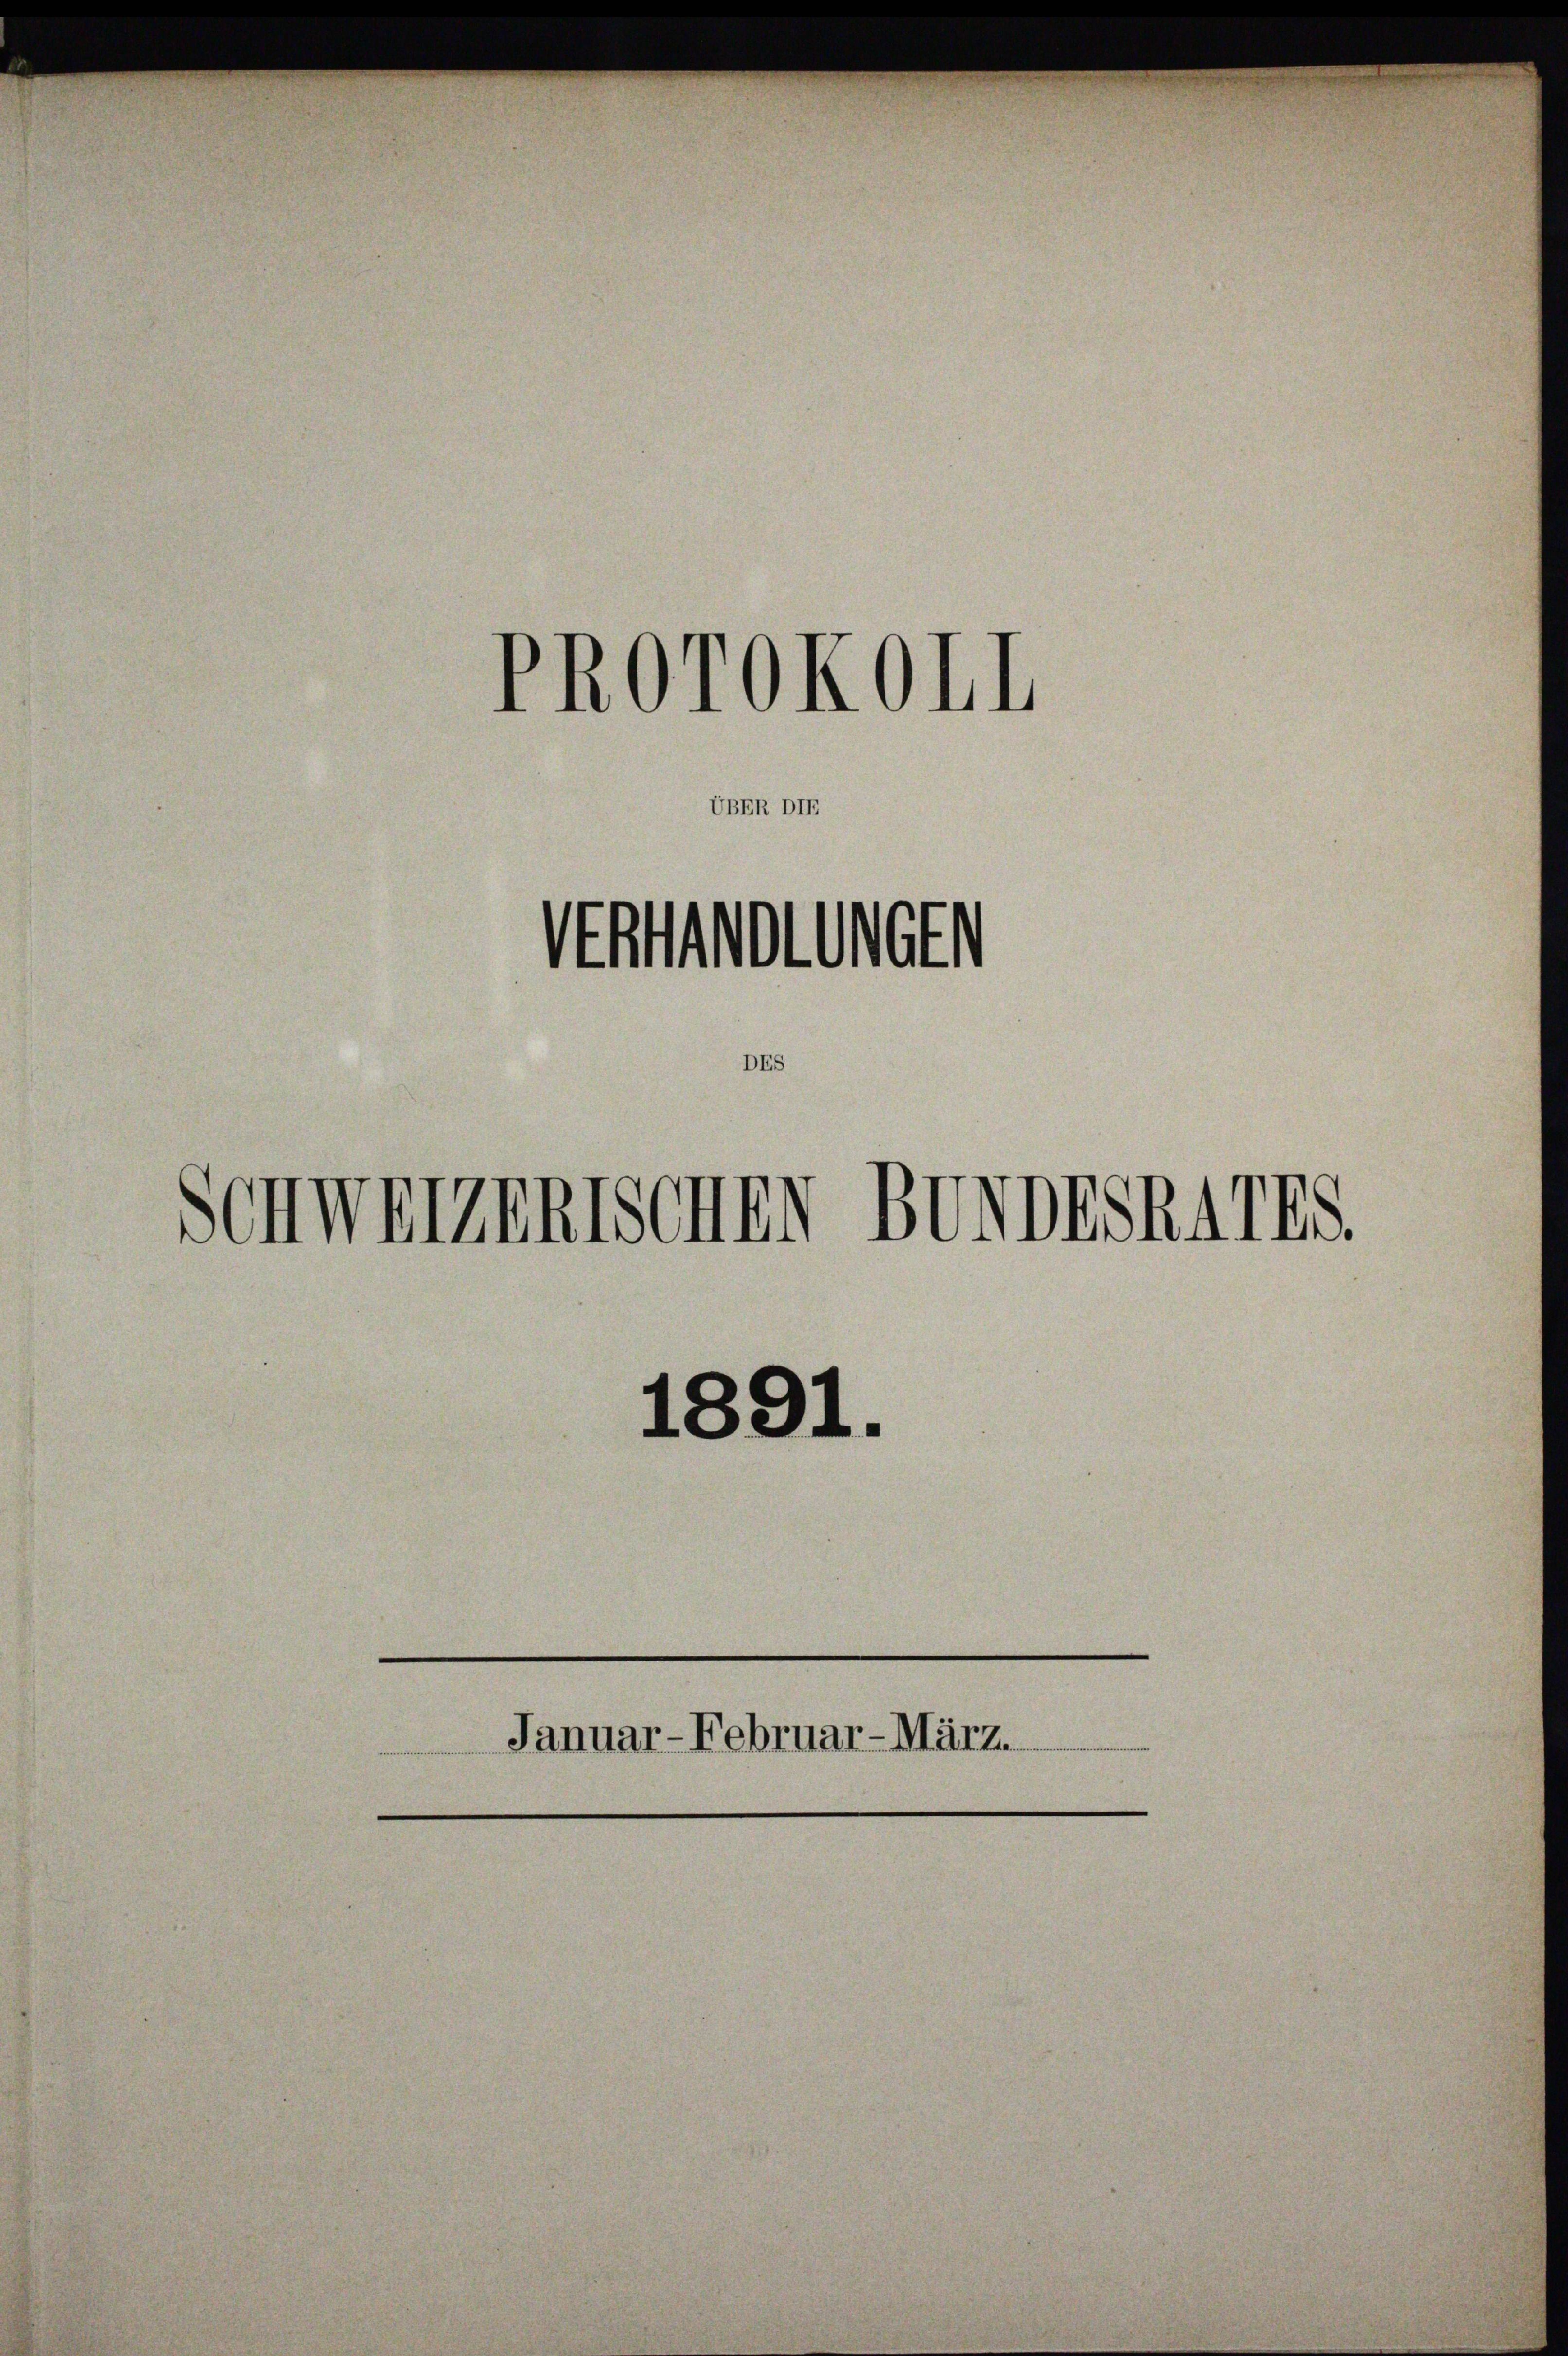
PROrOKOLL

UBER DIE

Vstoten
Schweizerische BonDESRATES.
1891.
e
Januar-Februar-März.